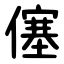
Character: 僿